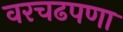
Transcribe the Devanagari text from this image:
वरचढपणा